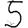
Digit: 5